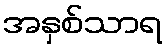
အနှစ်သာရ